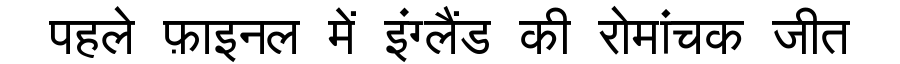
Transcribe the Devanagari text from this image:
पहले फ़ाइनल में इंग्लैंड की रोमांचक जीत